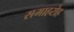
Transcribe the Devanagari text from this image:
समाहरोह